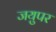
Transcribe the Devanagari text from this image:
जयुपर